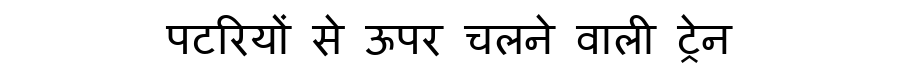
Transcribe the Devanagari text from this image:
पटरियों से ऊपर चलने वाली ट्रेन